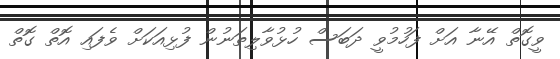
ވީގޮތް އޭނާ އަށް ފަހުމުވީ ދަބަސް ހުޅުވާލިތަނުން ފުޅިއަކަށް ވެފައި އޮތް ގޮތް